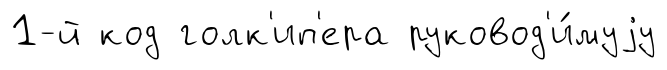
1-й код голк'ип'ера руковод'и́муjу